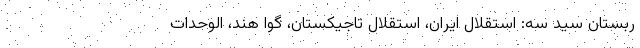
ربستان سید سه: استقلال ایران، استقلال تاجیکستان، گوا هند، الوحدات